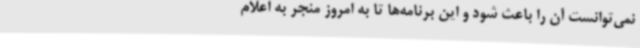
نمی‌توانست آن را باعث شود و این برنامه‌ها تا به امروز منجر به اعلام